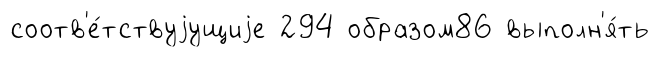
соотв'е́тствуjущиjе 294 образом86 выполн'я́ть